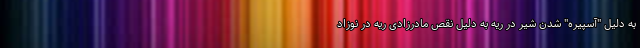
به دلیل "آسپیره" شدن شیر در ریه به دلیل نقص مادرزادی ریه در نوزاد